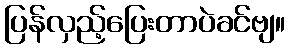
ပြန်လှည့်ပြေးတာပဲခင်ဗျ။